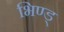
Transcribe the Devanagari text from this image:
भिण्ड्